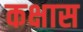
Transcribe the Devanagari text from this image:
कक्षास